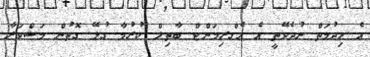
އެ ހިދުމަތް ނުދެވޭތީ އެ އެގްރިމަންޓް ބާތިލް ކުރުމާ ގުޅޭ ގޮތުން މަޝްވަރާ